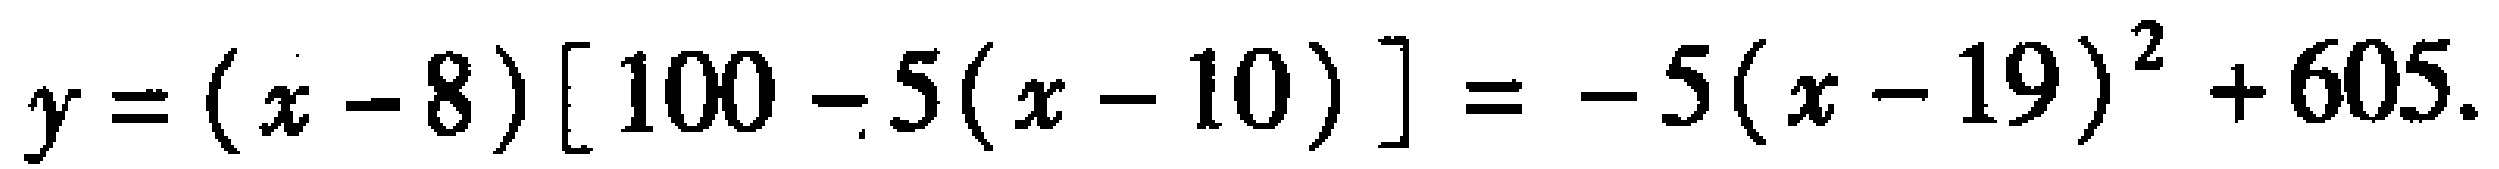
\(y=(x - 8)[100 - 5(x - 10)]= - 5(x - 19)^{2}+605.\)